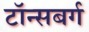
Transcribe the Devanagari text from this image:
टॉन्सबर्ग